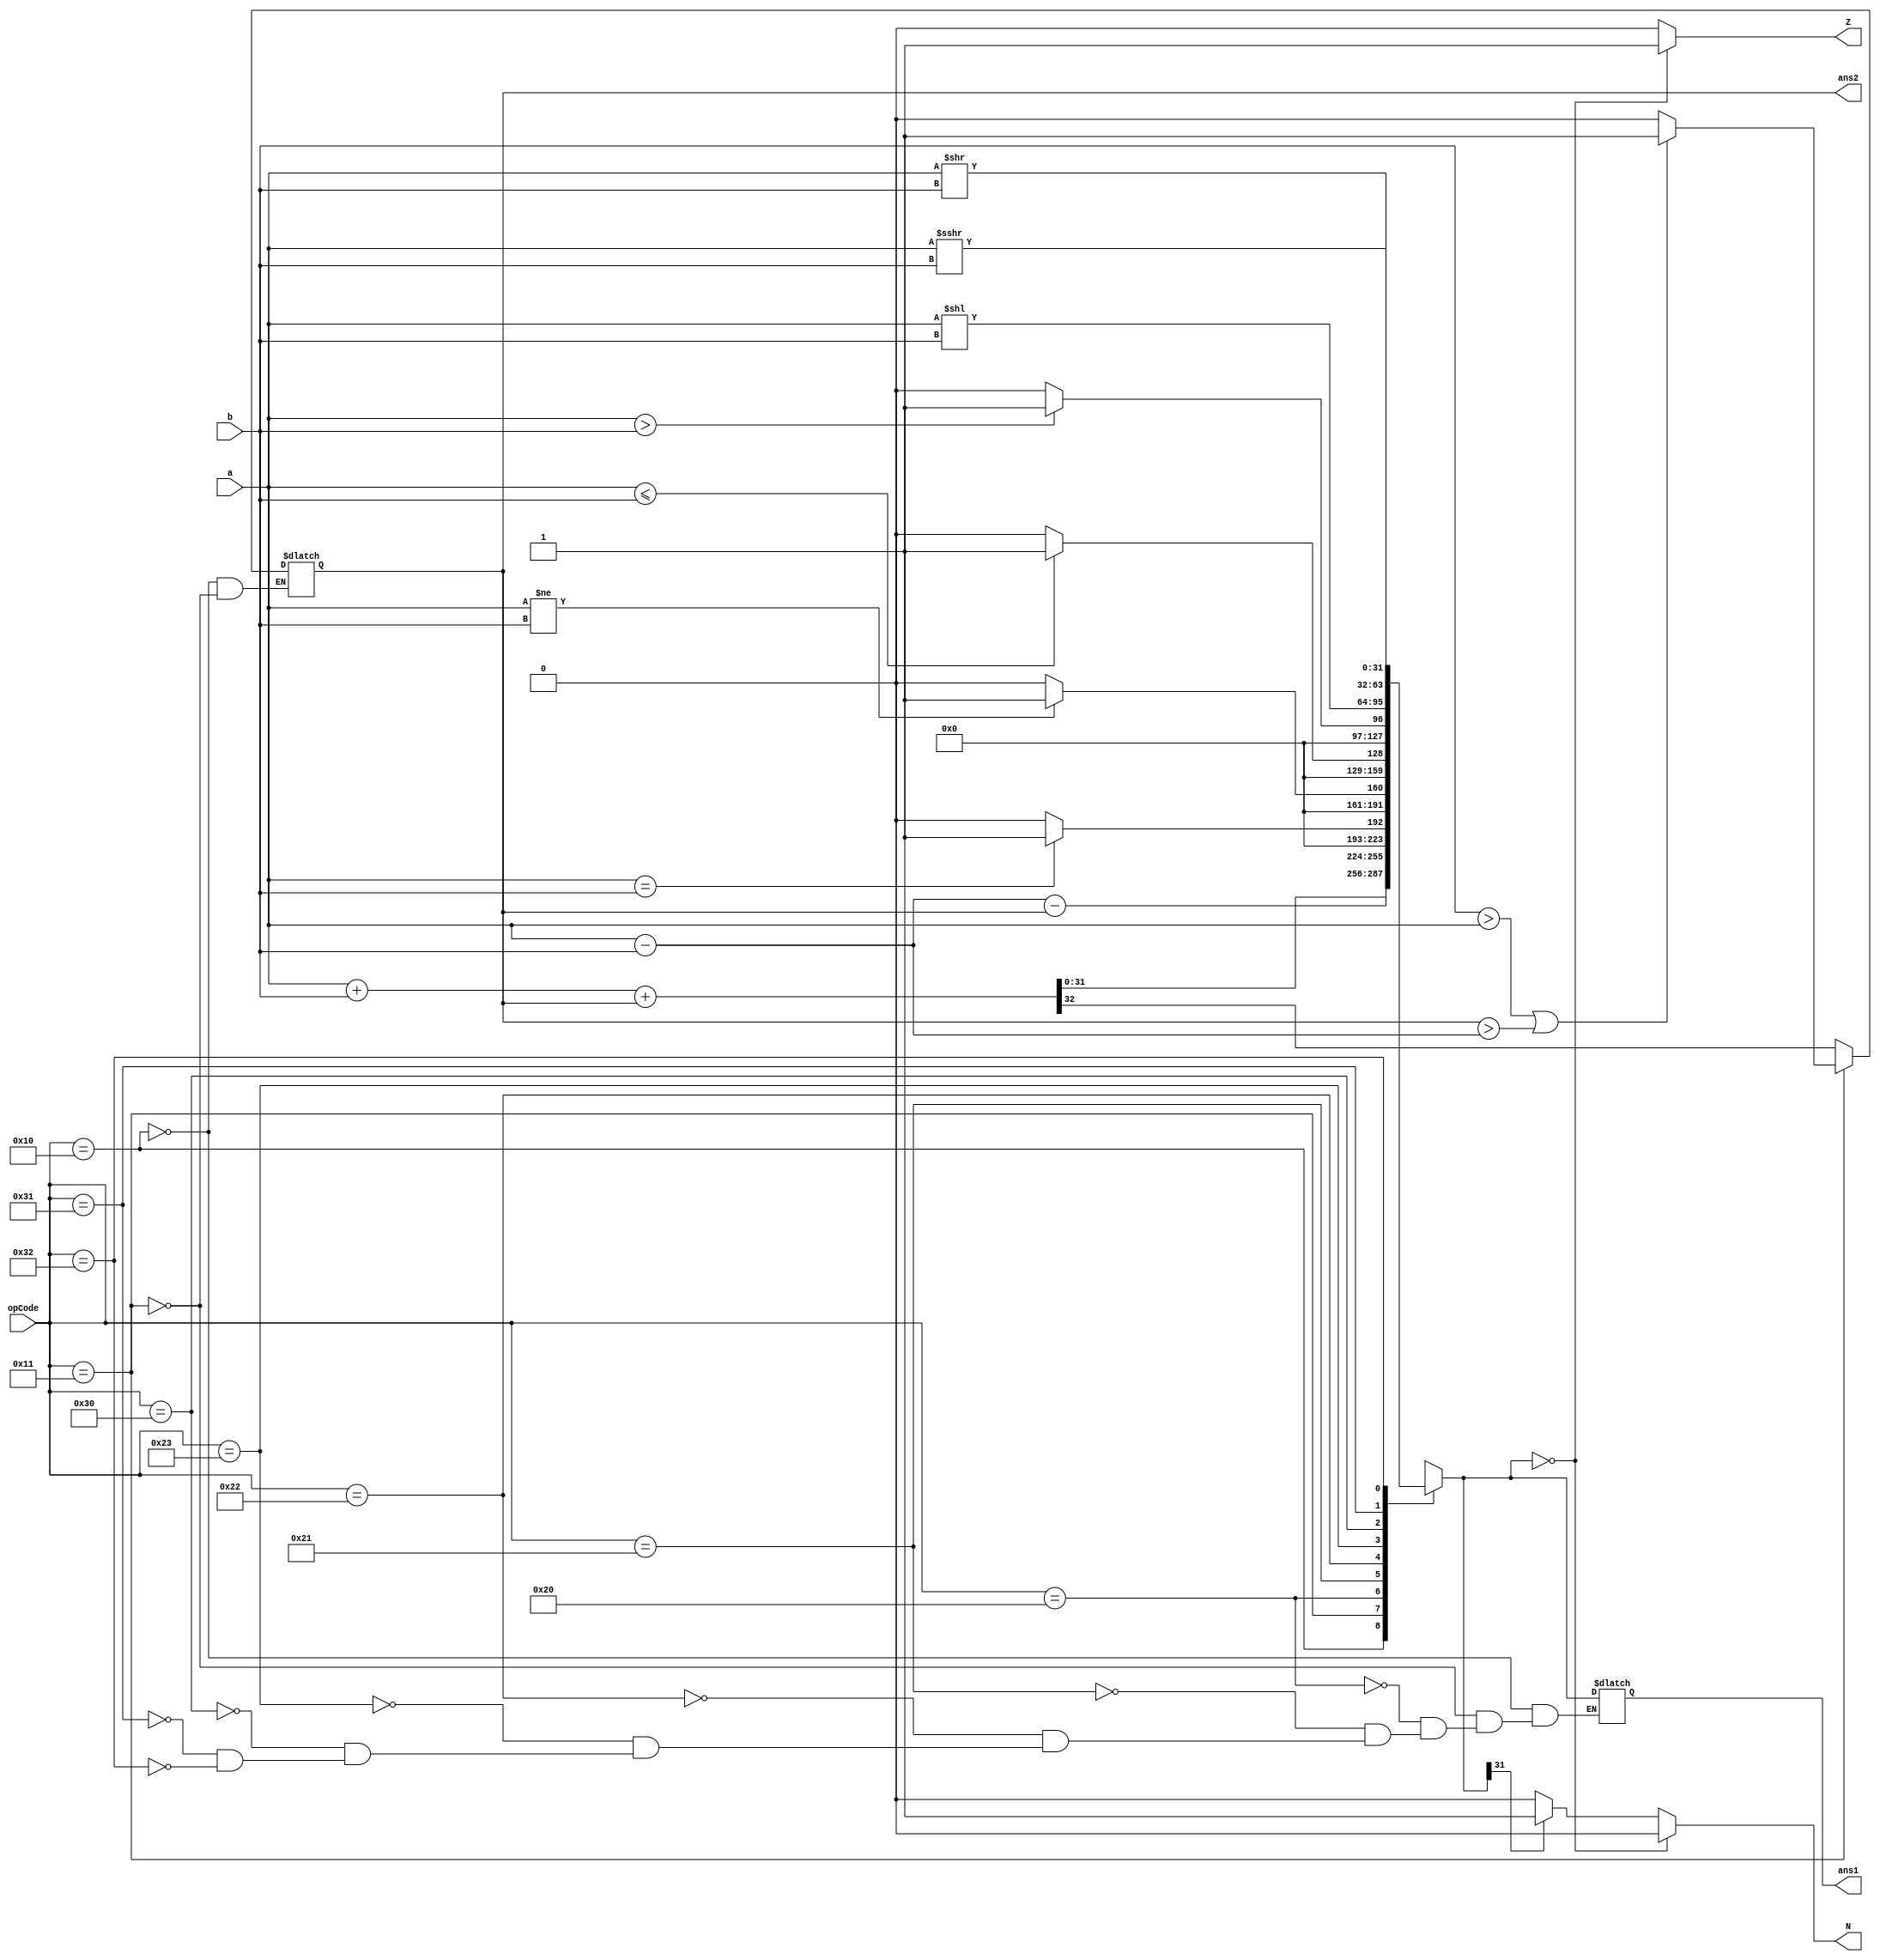
//Design
`timescale 1ns / 1ps

// Code your design here
module ALU(
  input[31:0] a, b,
  input[5:0] opCode,
  output reg[31:0] ans1,
  output reg ans2, Z, N
);
       reg [32:0] t;
  reg c;
  
  always @ (ans2)
    begin
      c <= ans2;
    end
  
  always @(* )
    begin
      case(opCode)
        
        6'b010000:begin
     
          t = a + b + c;
          ans2 = t[32];
          ans1 = t[31:0];
        end
        
        6'b010001:begin
        
          t = a - b - c;
          ans1 = t[31:0];
          if (b > a || c > (a - b))
            ans2 = 1'b1;
          else
            ans2 = 1'b0;
        end
        
        6'b100000:begin
          ans1 = (a == b) ? 1 : 0;
        end
        
        6'b100001:begin
          ans1 = (a != b) ? 1 : 0;
        end
        
        6'b100010:begin
          ans1 = (a <= b) ? 1 : 0;
        end
        
        6'b100011:begin
          ans1 = (a > b) ? 1 : 0;
        end
        
        6'b110000:begin
          ans1 = a<<b;
        end
        
        6'b110001:begin
          ans1 = a>>b;
        end
        
        6'b110010:begin
          ans1 = a>>>b;
        end
        
      endcase
      
      /*----------setting N and Z flags-----------*/
      if (ans1 == 32'h00000000)
        begin
          Z = 1;
          N = 0;
        end
      else
        begin
          Z = 0;
          if (ans1[31] == 1'b0)
            N = 0;
          else
            N = 1;
        end
      /*------------------------------------------*/
      
    end
endmodule






//Test Benvch//
`timescale 1ns / 1ps
//////////////////////////////////////////////////////////////////////////////////
// Company: 
// Engineer: 
// 
// Design Name: 
// Module Name: ALU_TEST
// Project Name: 
// Target Devices: 
// Tool Versions: 
// Description: 
// 
// Dependencies: 
// 
// Revision:
// Revision 0.01 - File Created
// Additional Comments:
// 
//////////////////////////////////////////////////////////////////////////////////



module ALU_TEST();
  reg [31:0] a, b;
  reg [5:0] opCode;
  
  wire [31:0] ans1;
  wire ans2, Z, N;
  
  ALU Alu(a, b, opCode, ans1, ans2, Z, N);
  
  initial
    begin
      
    
      $monitor("\n\n=========Full Subtractor==========");
      $monitor("opCode   a         b    ans1     ans2      Z     N");
      #5 opCode = 6'b010001 ; a=32'h00000011 ; b=32'h00000001;
      $monitor("%b  %h  %h  |  %h  %d    %d  %d", opCode, a, b, ans1, ans2, Z, N);
      #5 opCode = 6'b010001 ; a=-32'hffffffff ; b=32'h00000001;
      $monitor("%b  %h  %h  |  %h  %d    %d  %d", opCode, a, b, ans1, ans2, Z, N);
      #5 opCode = 6'b010001 ; a=32'hffffffff ; b=32'hfffffffe;
      $monitor("%b  %h  %h  |  %h  %d    %d  %d", opCode, a, b, ans1, ans2, Z, N);
      
    
      $monitor("\n\n=========Full Adder==========");
      $monitor("opCode   a         b    ans1     ans2      Z     N");
      #5 opCode = 6'b010000 ; a=32'h00000011 ; b=32'h00000001;
      $monitor("%b  %h  %h  |  %h  %d    %d  %d", opCode, a, b, ans1, ans2, Z, N);
      #5 opCode = 6'b010000 ; a=-32'hffffffff ; b=32'h00000001;
      $monitor("%b  %h  %h  |  %h  %d    %d  %d", opCode, a, b, ans1, ans2, Z, N);
      #5 opCode = 6'b010000 ; a=32'hffffffff ; b=32'hfffffffe;
      $monitor("%b  %h  %h  |  %h  %d    %d  %d", opCode, a, b, ans1, ans2, Z, N);
      
      
      $monitor("\n\n=========Equality==========");
      $monitor("opCode   a         b    ans1     ans2      Z     N");
      #5 opCode = 6'b100000 ; a=32'h00000001 ; b=32'h00000001;
      $monitor("%b  %h  %h  |  %h  %d    %d  %d", opCode, a, b, ans1, ans2, Z, N);
      #5 opCode = 6'b100000 ; a=-32'hffffffff ; b=32'hfffffffe;
      $monitor("%b  %h  %h  |  %h  %d    %d  %d", opCode, a, b, ans1, ans2, Z, N);
      #5 opCode = 6'b100000 ; a=32'hffffffff ; b=32'h00000001;
      $monitor("%b  %h  %h  |  %h  %d    %d  %d", opCode, a, b, ans1, ans2, Z, N);
      
      $monitor("\n\n=========InEquality==========");
      $monitor("opCode   a         b    ans1     ans2      Z     N");
      #5 opCode = 6'b100001 ; a=32'h00000001 ; b=32'h00000001;
      $monitor("%b  %h  %h  |  %h  %d    %d  %d", opCode, a, b, ans1, ans2, Z, N);
      #5 opCode = 6'b100001 ; a=-32'hffffffff ; b=32'hfffffffe;
      $monitor("%b  %h  %h  |  %h  %d    %d  %d", opCode, a, b, ans1, ans2, Z, N);
      #5 opCode = 6'b100001 ; a=32'hffffffff ; b=32'h00000001;
      $monitor("%b  %h  %h  |  %h  %d    %d  %d", opCode, a, b, ans1, ans2, Z, N);
      
      $monitor("\n\n=========Less Than or Equal to==========");
      $monitor("opCode   a         b    ans1     ans2      Z     N");
      #5 opCode = 6'b100010 ; a=32'h00000001 ; b=32'h00000002;
      $monitor("%b  %h  %h  |  %h  %d    %d  %d", opCode, a, b, ans1, ans2, Z, N);
      #5 opCode = 6'b100010 ; a=-32'hffffffff ; b=32'hfffffffe;
      $monitor("%b  %h  %h  |  %h  %d    %d  %d", opCode, a, b, ans1, ans2, Z, N);
      #5 opCode = 6'b100010 ; a=32'hffffffff ; b=32'h00000001;
      $monitor("%b  %h  %h  |  %h  %d    %d  %d", opCode, a, b, ans1, ans2, Z, N);
      
      $monitor("\n\n=========Greater Than==========");
      $monitor("opCode   a         b    ans1     ans2      Z     N");
      #5 opCode = 6'b100011 ; a=32'h00000001 ; b=32'h00000002;
      $monitor("%b  %h  %h  |  %h  %d    %d  %d", opCode, a, b, ans1, ans2, Z, N);
      #5 opCode = 6'b100011 ; a=-32'hffffffff ; b=32'hfffffffe;
      $monitor("%b  %h  %h  |  %h  %d    %d  %d", opCode, a, b, ans1, ans2, Z, N);
      #5 opCode = 6'b100011 ; a=32'hffffffff ; b=32'h00000001;
      $monitor("%b  %h  %h  |  %h  %d    %d  %d", opCode, a, b, ans1, ans2, Z, N);
      
      $monitor("\n\n=========Logical Left Shift==========");
      $monitor("opCode   a         b    ans1     ans2      Z     N");
      #5 opCode = 6'b110000 ; a=32'h00010000 ; b=32'h00000001;
      $monitor("%b  %h  %h  |  %h  %d    %d  %d", opCode, a, b, ans1, ans2, Z, N);
      #5 opCode = 6'b110000 ; a=32'hffffffff ; b=-32'hfffffffe;
      $monitor("%b  %h  %h  |  %h  %d    %d  %d", opCode, a, b, ans1, ans2, Z, N);
      #5 opCode = 6'b110000 ; a=32'hffffffff ; b=32'h00000001;
      $monitor("%b  %h  %h  |  %h  %d    %d  %d", opCode, a, b, ans1, ans2, Z, N);
      
      $monitor("\n\n=========Logical Right Shift==========");
      $monitor("opCode   a         b    ans1     ans2      Z     N");
      #5 opCode = 6'b110001 ; a=32'h00000001 ; b=32'h00000001;
      $monitor("%b  %h  %h  |  %h  %d    %d  %d", opCode, a, b, ans1, ans2, Z, N);
      #5 opCode = 6'b110001 ; a=32'hffffffff ; b=-32'hfffffffe;
      $monitor("%b  %h  %h  |  %h  %d    %d  %d", opCode, a, b, ans1, ans2, Z, N);
      #5 opCode = 6'b110001 ; a=32'hffffffff ; b=32'h00000001;
      $monitor("%b  %h  %h  |  %h  %d    %d  %d", opCode, a, b, ans1, ans2, Z, N);
      
      $monitor("\n\n=========Arithmetic Right Shift==========");
      $monitor("opCode   a         b    ans1     ans2      Z     N");
      #5 opCode = 6'b110010 ; a=32'h00000001 ; b=32'h00000001;
      $monitor("%b  %h  %h  |  %h  %d    %d  %d", opCode, a, b, ans1, ans2, Z, N);
      #5 opCode = 6'b110010 ; a=32'hffffffff ; b=-32'hfffffffe;
      $monitor("%b  %h  %h  |  %h  %d    %d  %d", opCode, a, b, ans1, ans2, Z, N);
      #5 opCode = 6'b110010 ; a=32'hffffffff ; b=32'h00000001;
      $monitor("%b  %h  %h  |  %h  %d    %d  %d", opCode, a, b, ans1, ans2, Z, N);
      

    end
endmodule